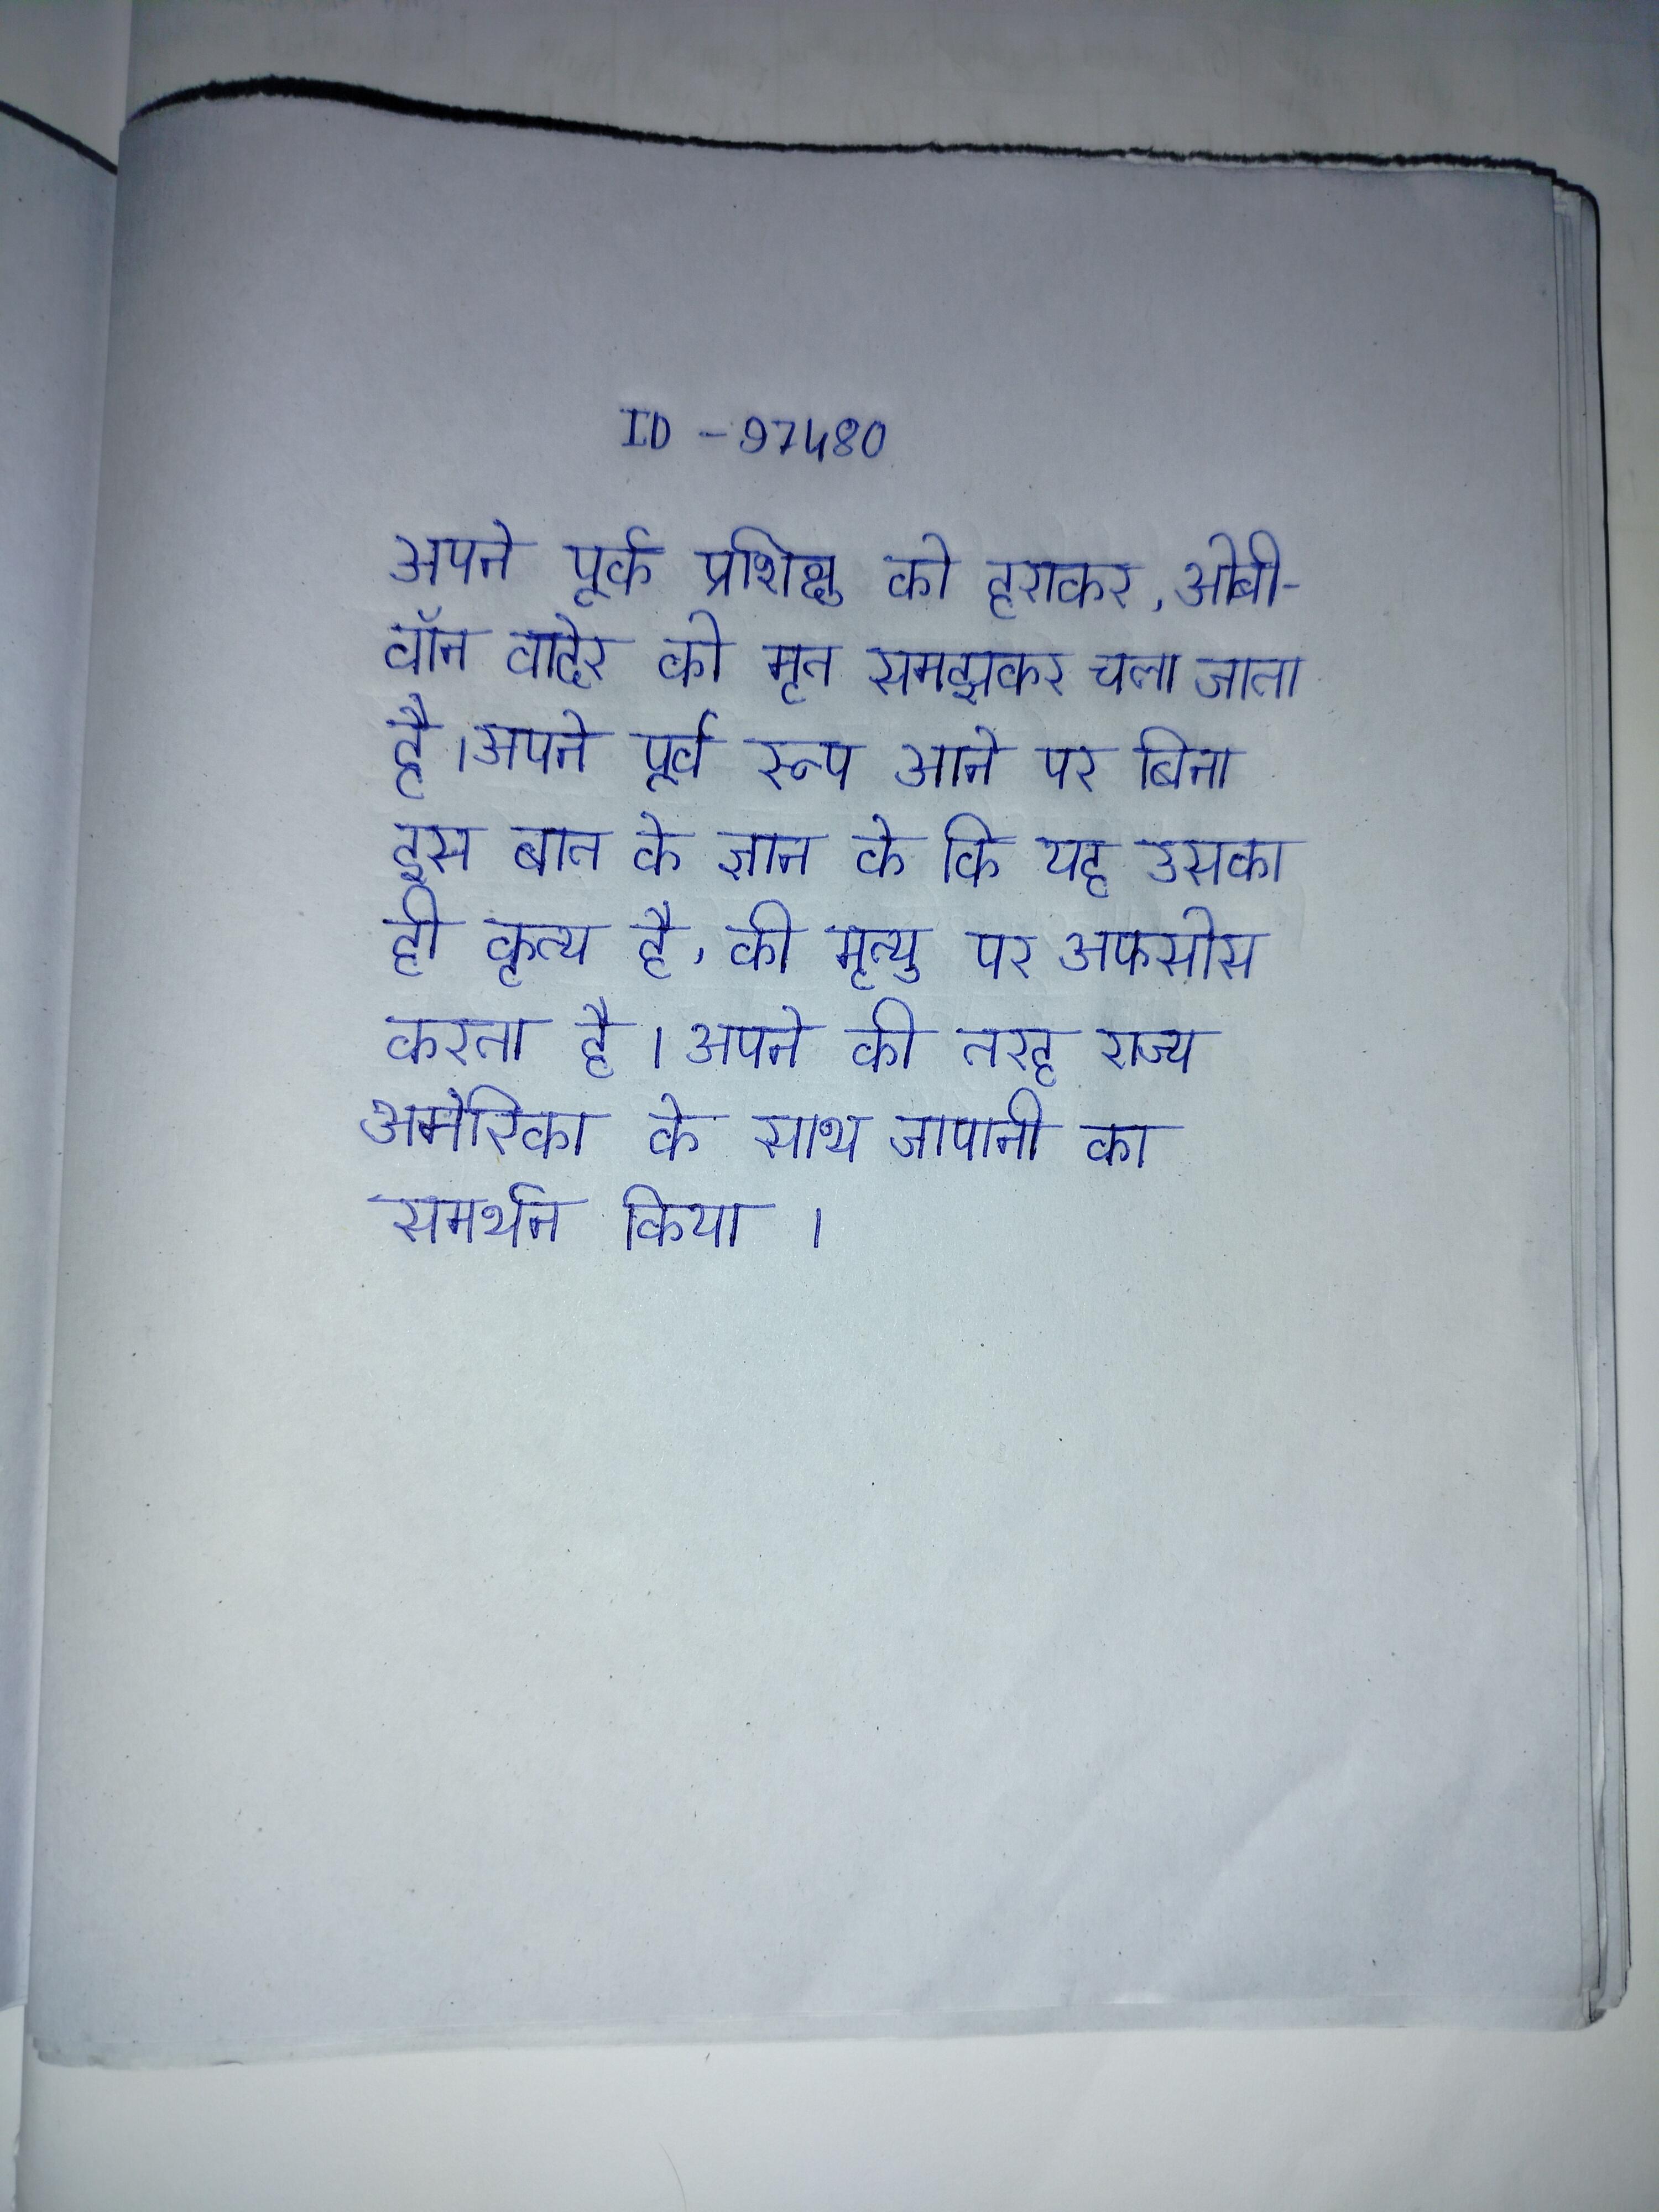
अपने पूर्व प्रशिक्षु को हराकर, ओबी-वॉन वादेर को मृत समझकर चला जाता है । अपने पूर्व रूप आने पर बिना इस बात के ज्ञान के कि यह उसका ही कृत्य है, की मृत्यु पर अफसोस करता है । अपने की तरह राज्य अमेरिका के साथ जापानी का समर्थन किया ।